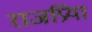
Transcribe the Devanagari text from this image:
राजप्रिया